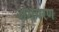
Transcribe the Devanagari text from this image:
अभयरण